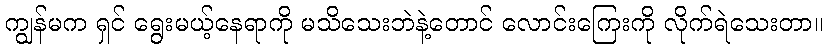
ကျွန်မက ရှင် ရွေးမယ့်နေရာကို မသိသေးဘဲနဲ့တောင် လောင်းကြေးကို လိုက်ရဲသေးတာ။